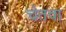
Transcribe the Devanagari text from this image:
चेतवा